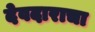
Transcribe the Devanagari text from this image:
देवदाराचा